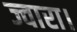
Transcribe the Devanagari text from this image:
ज्वारा।